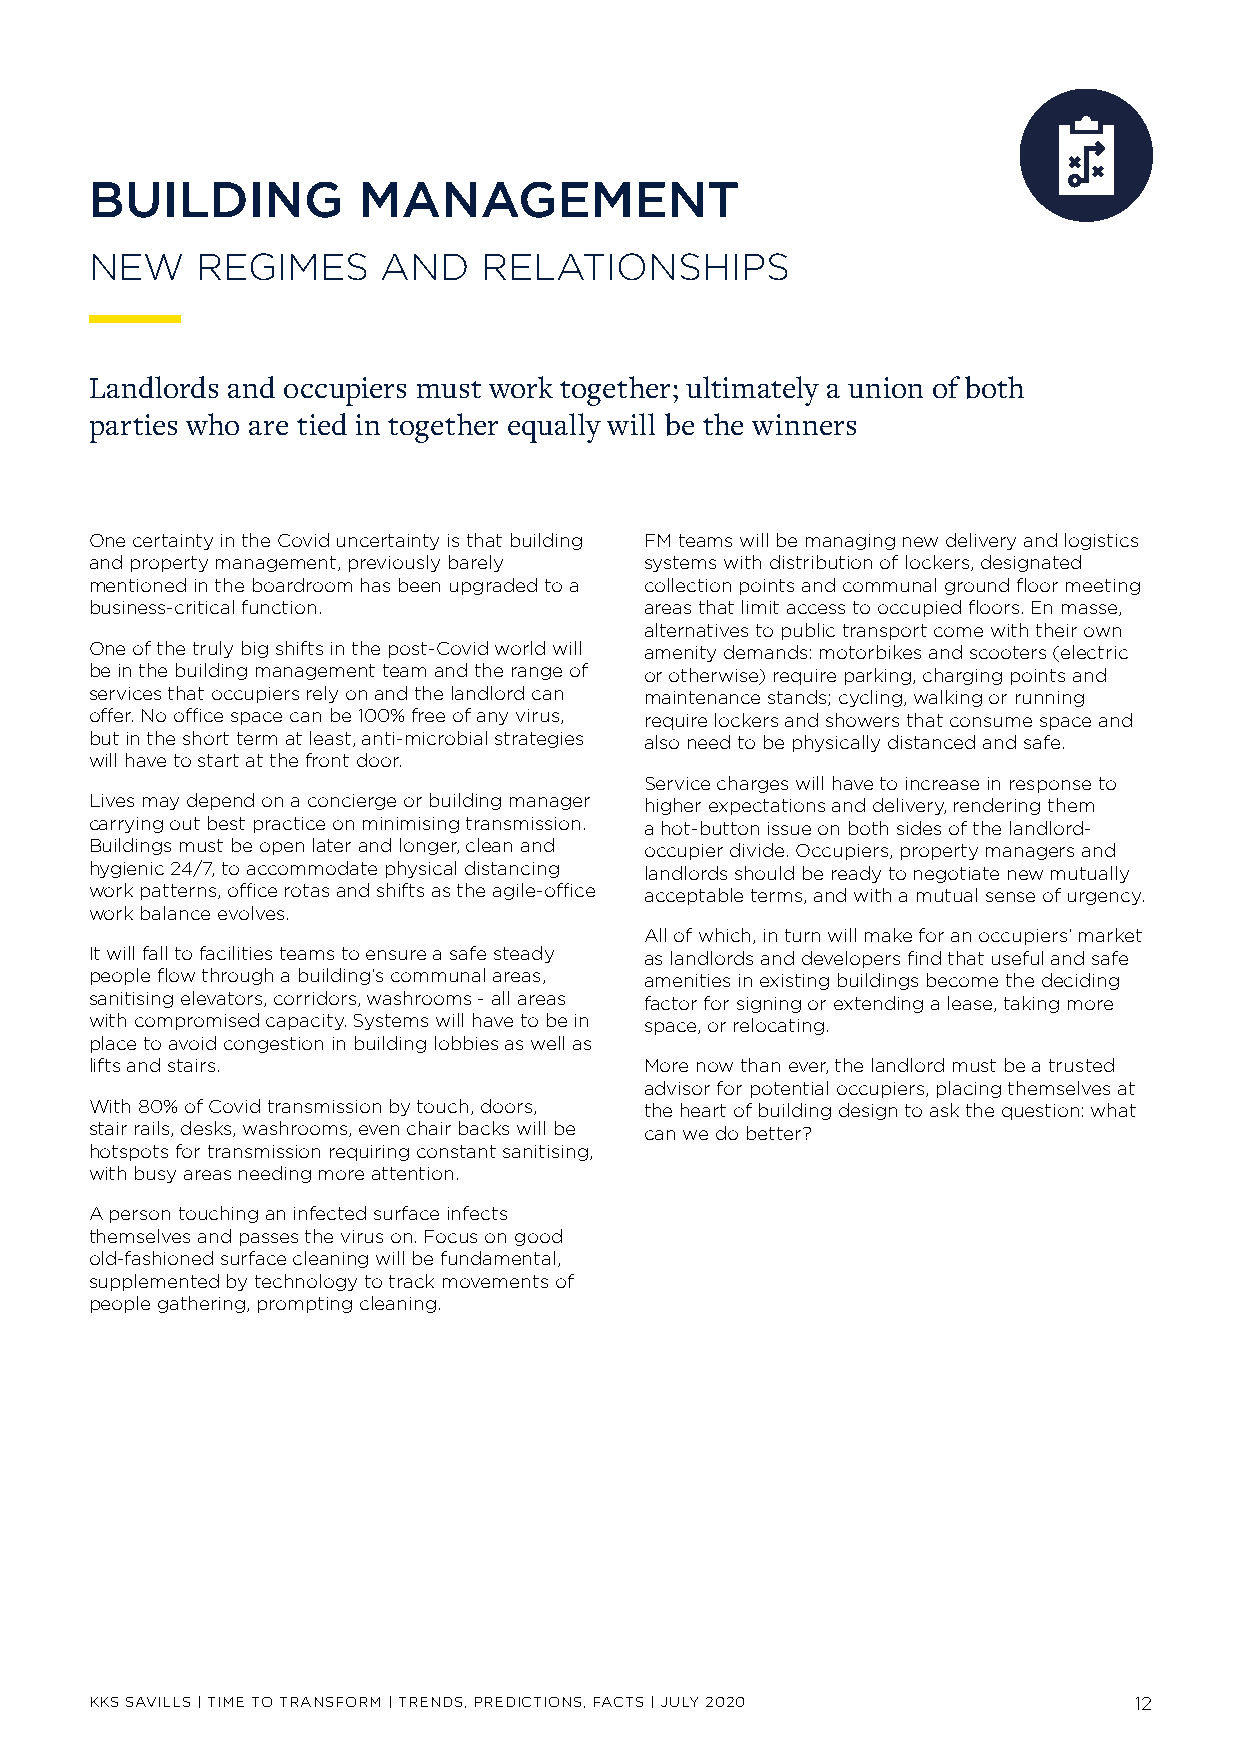
BUILDING          MANAGEMENT
 NEW    REGIMES     AND    RELATIONSHIPS
 Landlords and occupiers must work together; ultimately a union of both
 parties who are tied in together equally will be the winners
 One certainty in the Covid uncertainty is that building FM teams will be managing new delivery and logistics
 and property management, previously barely systems with distribution of lockers, designated
 mentioned in the boardroom has been upgraded to a collection points and communal ground floor meeting
 business-critical function.          areas that limit access to occupied floors. En masse,
 alternatives to public transport come with their own
 One of the truly big shifts in the post-Covid world will amenity demands: motorbikes and scooters (electric
 be in the building management team and the range of or otherwise) require parking, charging points and
 services that occupiers rely on and the landlord can maintenance stands; cycling, walking or running
 offer. No office space can be 100% free of any virus, require lockers and showers that consume space and
 but in the short term at least, anti-microbial strategies also need to be physically distanced and safe.
 will have to start at the front door.
 Service charges will have to increase in response to
 Lives may depend on a concierge or building manager higher expectations and delivery, rendering them
 carrying out best practice on minimising transmission. a hot-button issue on both sides of the landlord-
 Buildings must be open later and longer, clean and occupier divide. Occupiers, property managers and
 hygienic 24/7, to accommodate physical distancing landlords should be ready to negotiate new mutually
 work patterns, office rotas and shifts as the agile-office acceptable terms, and with a mutual sense of urgency.
 work balance evolves.
 All of which, in turn will make for an occupiers’ market
 It will fall to facilities teams to ensure a safe steady as landlords and developers find that useful and safe
 people flow through a building’s communal areas, amenities in existing buildings become the deciding
 sanitising elevators, corridors, washrooms - all areas factor for signing or extending a lease, taking more
 with compromised capacity. Systems will have to be in space, or relocating.
 place to avoid congestion in building lobbies as well as
 lifts and stairs.                    More now than ever, the landlord must be a trusted
 advisor for potential occupiers, placing themselves at
 With 80% of Covid transmission by touch, doors, the heart of building design to ask the question: what
 stair rails, desks, washrooms, even chair backs will be can we do better?
 hotspots for transmission requiring constant sanitising,
 with busy areas needing more attention.
 A person touching an infected surface infects
 themselves and passes the virus on. Focus on good
 old-fashioned surface cleaning will be fundamental,
 supplemented by technology to track movements of
 people gathering, prompting cleaning.
 KKS SAVILLS | TIME TO TRANSFORM | TRENDS, PREDICTIONS, FACTS | JULY 2020 12